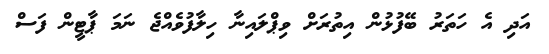
އަދި އެ ހަތަރު ބޭފުޅުން އިތުރަށް ވިޕްލައިނާ ހިލާފުވެއްޖެ ނަމަ ޕާޓީން ފަސް